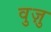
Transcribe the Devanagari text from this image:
वुज़ु